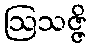
ဩသဇ္ဇိ